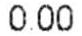
0.00